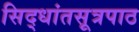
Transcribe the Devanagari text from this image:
सिद्धांतसूत्रपाठ